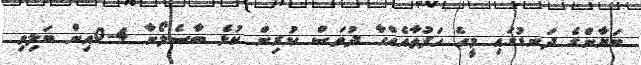
ބަޔާންގެ ދަނޑުގައި މީހެ ހަފުތާއެއްހާ ދުވަސް ކުރިން ކުޅެ ބާސެލޯނާ 4-0އިން ބަލިވި